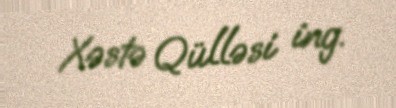
Xəstə Qülləsi ing.